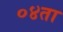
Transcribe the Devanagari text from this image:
०४ता